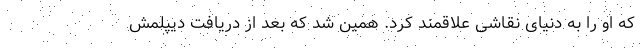
که او را به دنیای نقاشی علاقمند کرد. همین شد که بعد از دریافت دیپلمش